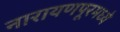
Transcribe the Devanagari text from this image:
नारायणपूरमध्ये